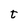
Character: t